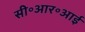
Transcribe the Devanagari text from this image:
सी॰आर॰आई